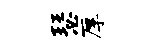
瑟厚